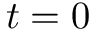
t = 0